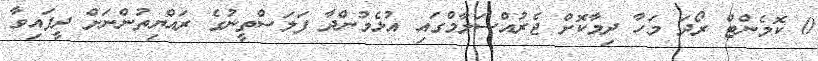
0 ކޮމެންޓް ރޯދަ މަހާ ދިމާކޮށް ޖެރުއްސަލާމްގައި އުޅެމުންދާ ފަލަސްތީނުގެ ރައްޔިތުންނަށް ދީފައިވާ